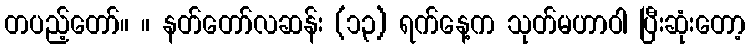
တပည့်တော်။ ။ နတ်တော်လဆန်း (၁၃) ရက်နေ့က သုတ်မဟာဝါ ပြီးဆုံးတော့